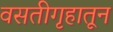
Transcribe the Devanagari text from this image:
वसतीगृहातून